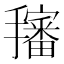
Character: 𱡉